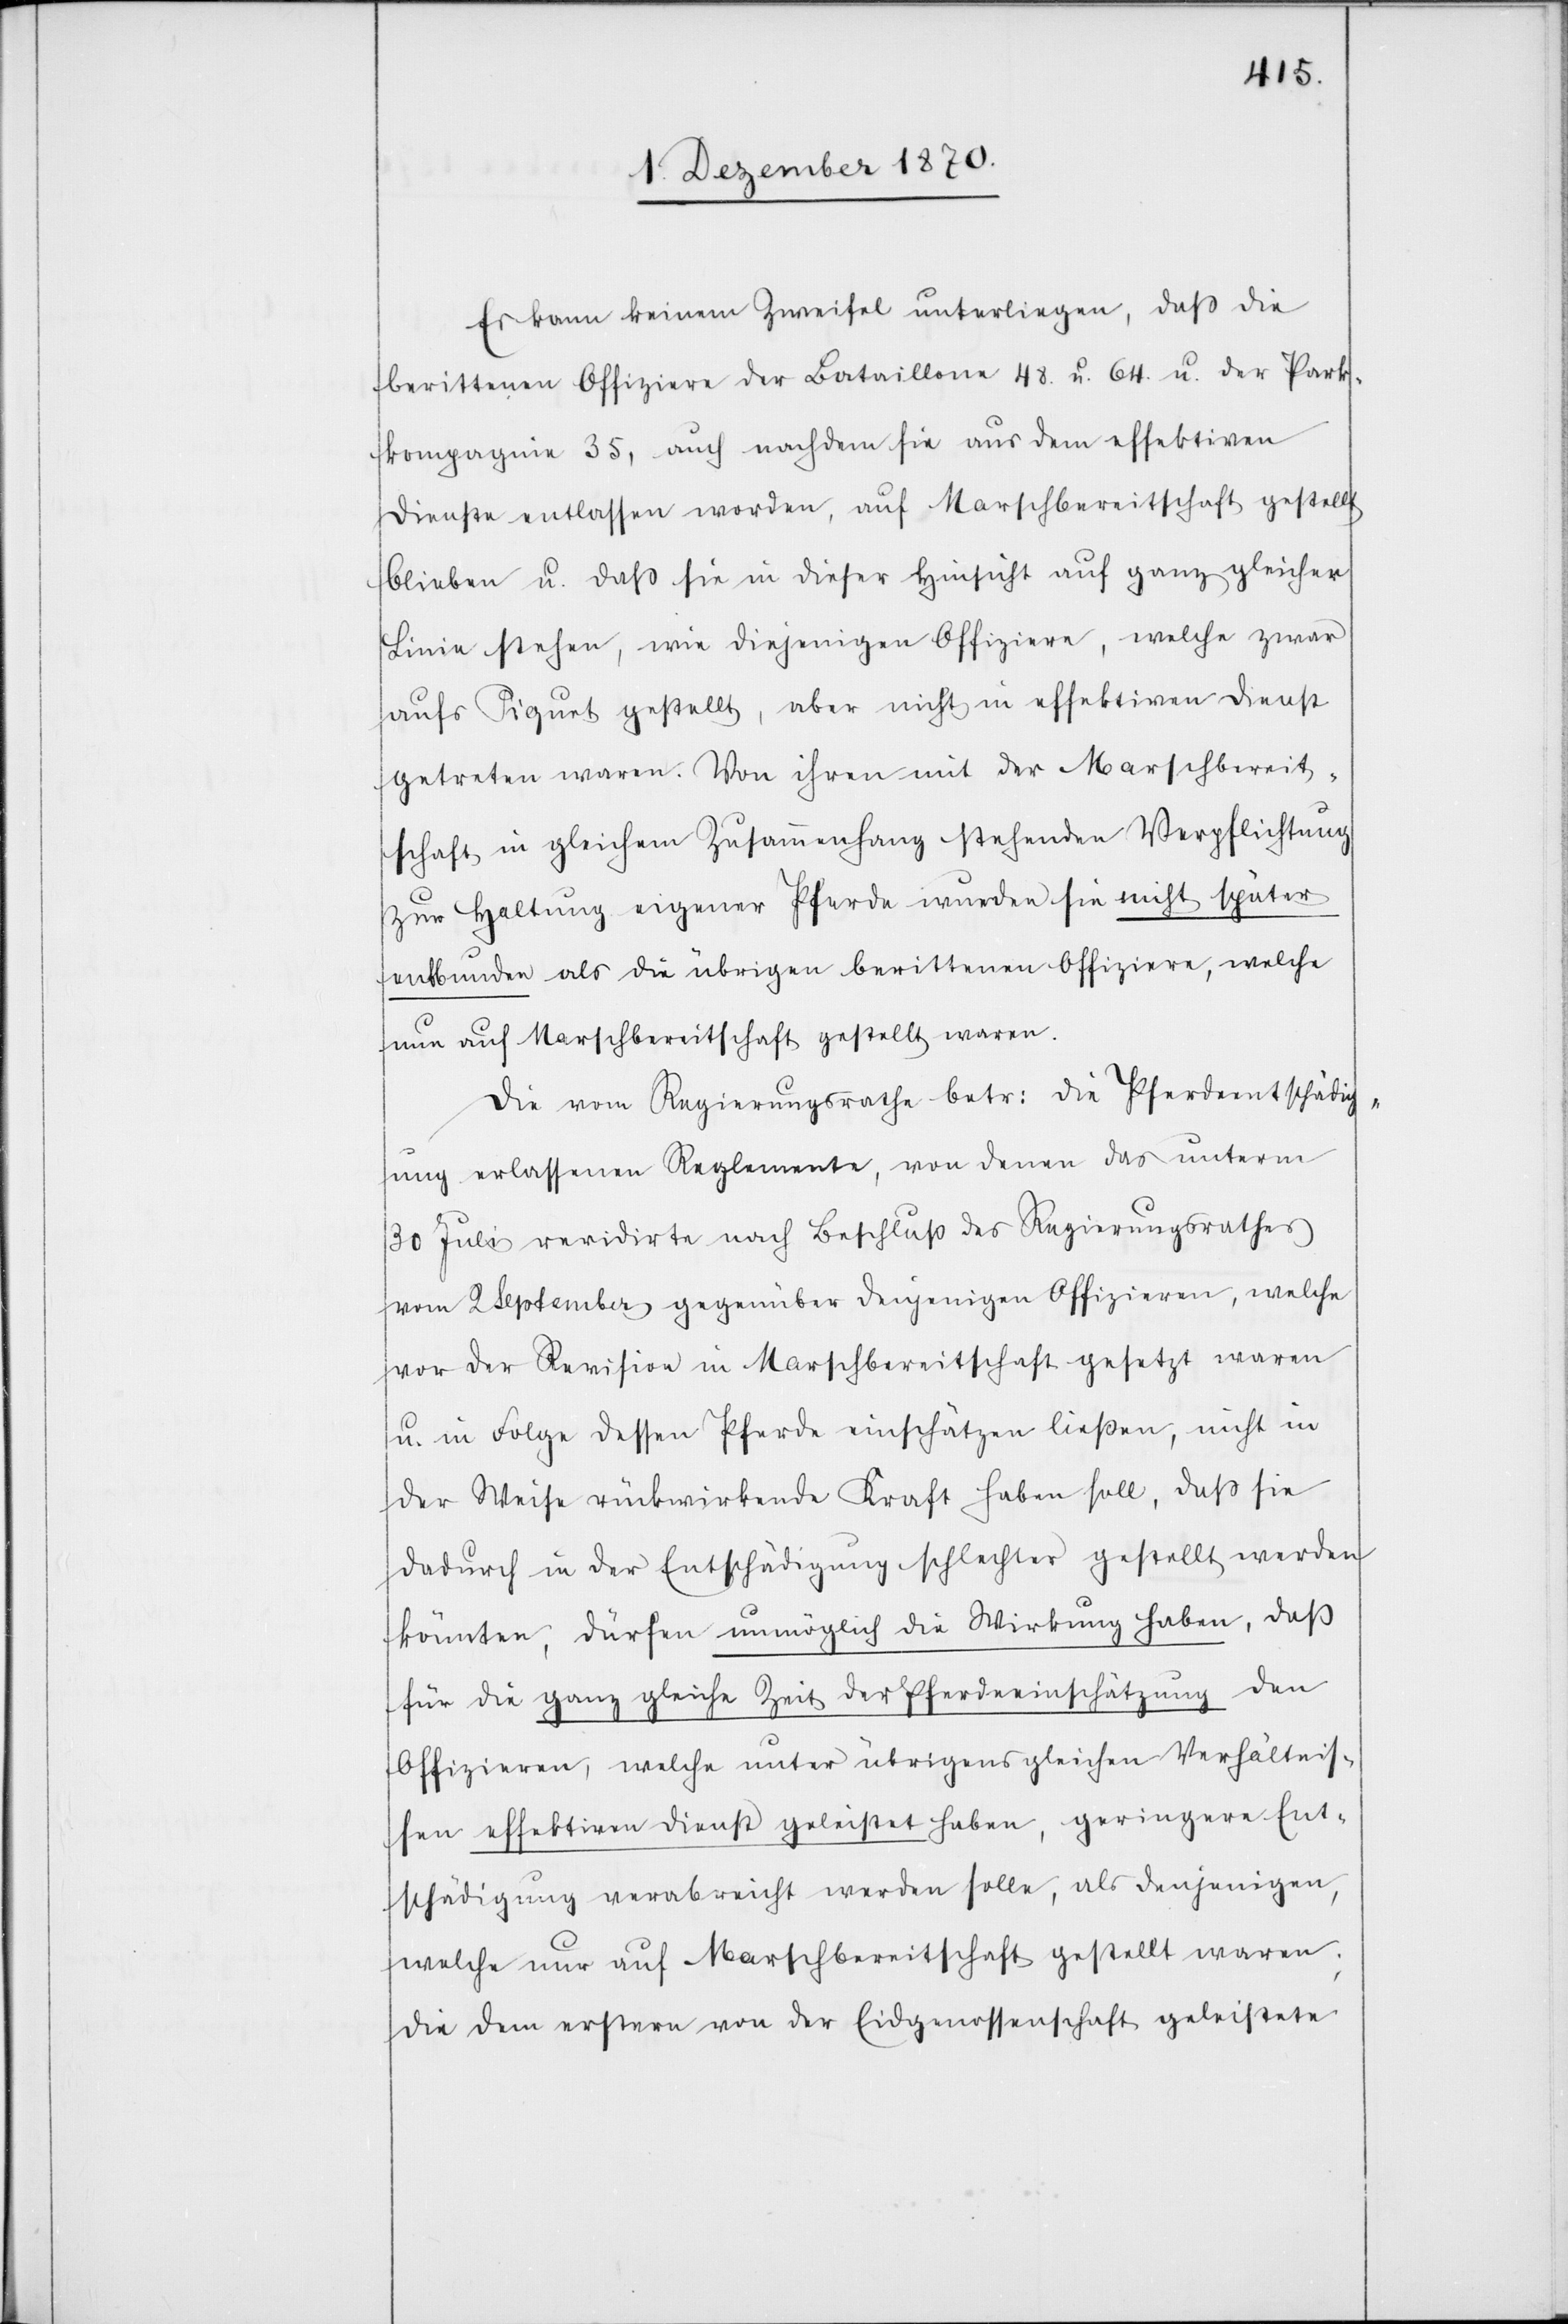
Es kann keinem Zweifel unterliegen, daß die
berittenen Offiziere der Bataillone 48. u. 64. u. der Park¬
kompagnie 35, auch nachdem sie aus dem effektiven
Dienste entlassen worden, auf Marschbereitschaft gestellt
blieben u. daß sie in dieser Hinsicht auf ganz gleicher
Linie stehen, wie diejenigen Offiziere, welche zwar
aufs Piquet gestellt, aber nicht in effektiven Dienst
getreten waren. Von ihrer mit der Marschbereit¬
schaft in gleichem Zusammenhang stehenden Verpflichtung
zur Haltung eigener Pferde wurden sie nicht später
entbunden als die übrigen berittenen Offiziere, welche
nun auf Marschbereitschaft gestellt waren.
Die vom Regierungsrathe betr: die Pferdeentschädig¬
ung erlassenen Reglemente, von denen das unterm
30 Juli revidirte nach Beschluß des Regierungsrathes
vom 2 September gegenüber denjenigen Offizieren, welche
vor der Revision in Marschbereitschaft gesetzt waren
u. in Folge dessen Pferde einschätzen ließen, nicht in
der Weise rückwirkende Kraft haben soll, daß sie
dadurch in der Entschädigung schlechter gestellt werden
könnten, dürfen unmöglich die Wirkung haben, daß
für die ganz gleiche Zeit der Pferdeeinschätzung den
Offizieren, welche unter übrigens gleichen Verhältnis¬
sen effektiven Dienst geleistet haben, geringere Ent¬
schädigung verabreicht werden solle, als denjenigen,
welche nur auf Marschbereitschaft gestellt waren;
[recte: den] erstern von der Eidgenossenschaft geleisteten